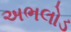
અભલોડ